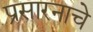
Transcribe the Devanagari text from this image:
प्रसारनाचे